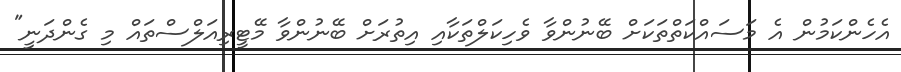
އެހެންކަމުން އެ މަސައްކަތްތަކަށް ބޭނުންވާ ވެހިކަލްތަކާއި އިތުރަށް ބޭނުންވާ މޭޓީރިއަލްސްތައް މި ގެންދަނީ"